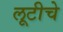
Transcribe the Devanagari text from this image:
लूटीचे